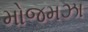
મોજમઝા